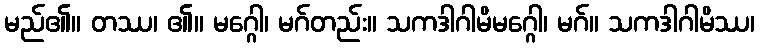
မည်၏။ တဿ၊ ၏။ မဂ္ဂေါ၊ မဂ်တည်း။ သကဒါဂါမိမဂ္ဂေါ၊ မဂ်။ သကဒါဂါမိဿ၊